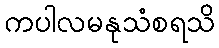
ကပါလမနုသံစရသိ